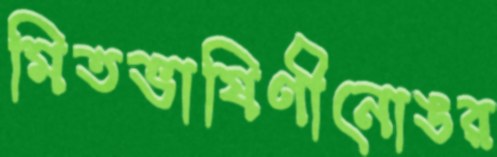
মিতভাষিণীনোঙর